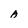
Character: A